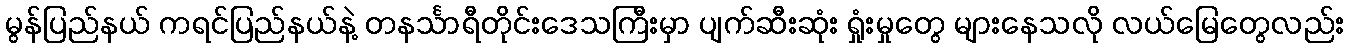
မွန်ပြည်နယ် ကရင်ပြည်နယ်နဲ့ တနင်္သာရီတိုင်းဒေသကြီးမှာ ပျက်ဆီးဆုံး ရှုံးမှုတွေ များနေသလို လယ်မြေတွေလည်း